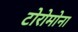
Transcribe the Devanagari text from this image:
टोरोमोना